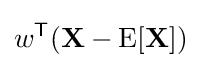
w^{\mathsf {T}}(\mathbf {X} -\operatorname {E} [\mathbf {X} ])